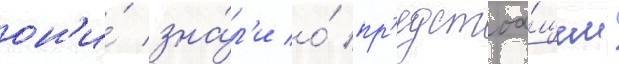
он'и́ зна́л'и о́ пр'едстоа́щем